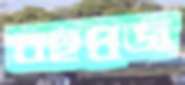
বহুপ্রজ